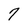
Character: 7